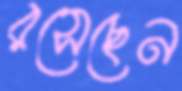
রসেছেন